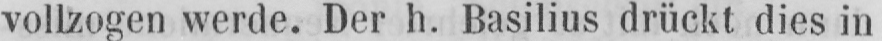
vollzogen werde. Der h. Basilius drückt dies in